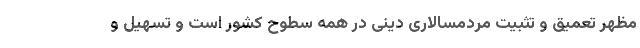
مظهر تعمیق و تثبیت مردمسالاری دینی در همه سطوح کشور است و تسهیل و